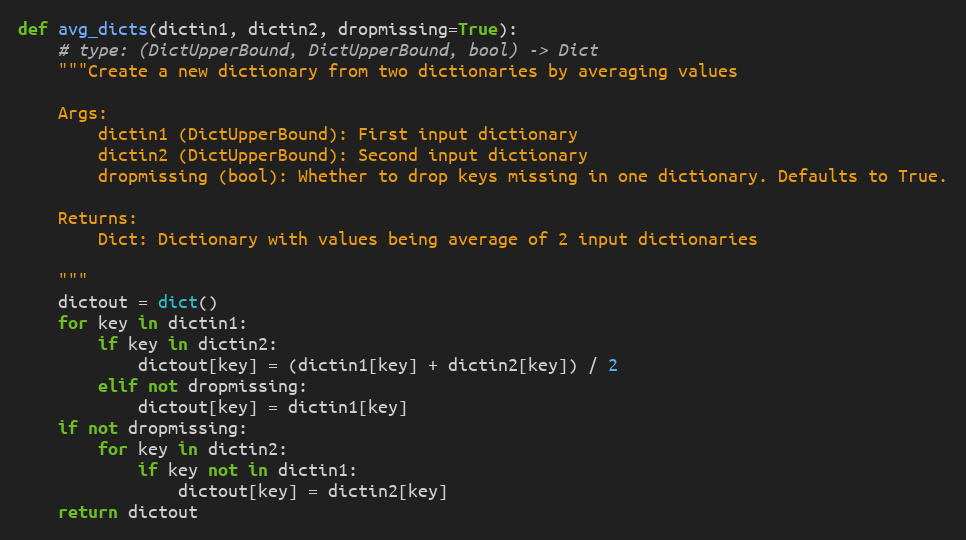
Language: Python
def avg_dicts(dictin1, dictin2, dropmissing=True):
    # type: (DictUpperBound, DictUpperBound, bool) -> Dict
    """Create a new dictionary from two dictionaries by averaging values

    Args:
        dictin1 (DictUpperBound): First input dictionary
        dictin2 (DictUpperBound): Second input dictionary
        dropmissing (bool): Whether to drop keys missing in one dictionary. Defaults to True.

    Returns:
        Dict: Dictionary with values being average of 2 input dictionaries

    """
    dictout = dict()
    for key in dictin1:
        if key in dictin2:
            dictout[key] = (dictin1[key] + dictin2[key]) / 2
        elif not dropmissing:
            dictout[key] = dictin1[key]
    if not dropmissing:
        for key in dictin2:
            if key not in dictin1:
                dictout[key] = dictin2[key]
    return dictout